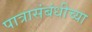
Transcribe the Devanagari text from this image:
पात्रासंबंधीच्या